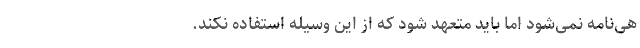
هی‌نامه نمی‌شود اما باید متعهد شود که از این وسیله استفاده نکند.